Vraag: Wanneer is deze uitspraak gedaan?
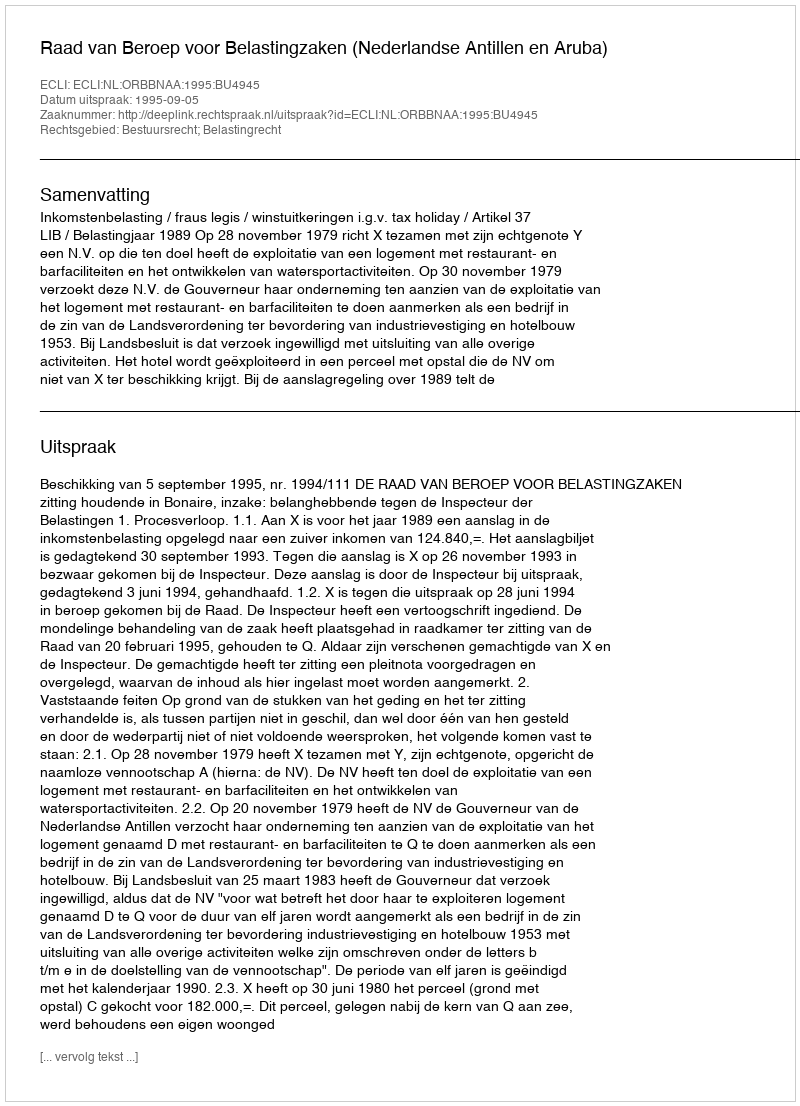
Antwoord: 1995-09-05